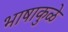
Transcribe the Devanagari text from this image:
भाषाकुळे